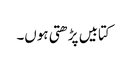
کتابیں پڑھتی ہوں۔